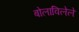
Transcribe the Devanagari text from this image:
बोलाविलेले